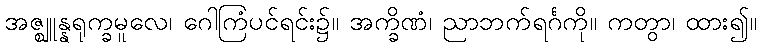
အဇ္ဈူန္နရုက္ခမူလေ၊ ဂေါကြံပင်ရင်း၌။ အက္ခိဏံ၊ ညာဘက်ရင်္ဂကို။ ကတွာ၊ ထား၍။